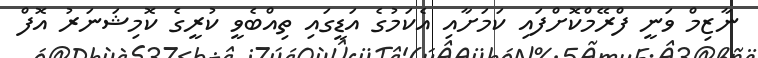
ނާޒިމް ވަނީ ފްރޭމްކޮށްފައި ކަމަށާއި އެކަމުގެ އަޑީގައި ތިއްބެވީ ކުރީގެ ކޮމިޝަނަރު އޮފް